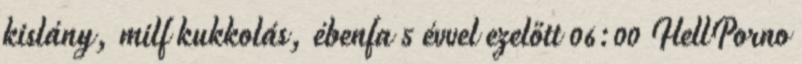
kislány, milf kukkolás, ébenfa 5 évvel ezelőtt 06:00 HellPorno